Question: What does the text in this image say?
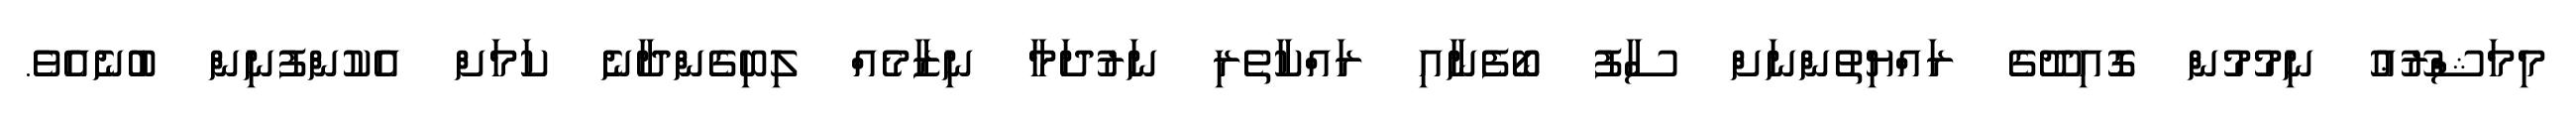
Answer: މިމަޝްރޫޢު ނިމުމުން ގޮއިދޫގެ ރައްޔިތުންނަށް ސާފު ބޯފެނާއި ރައްކާތެރި ނަރުދަމާ ނިޒާމެއް ލިބިގެންދާނެ ކަމަށް އެކުންފުނިން ބުނެއެވެ.